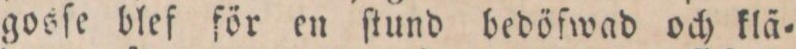
gosſe blef för en ſtund bedöfwad och klä=